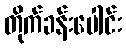
တိုက်ခန်းပေါင်း